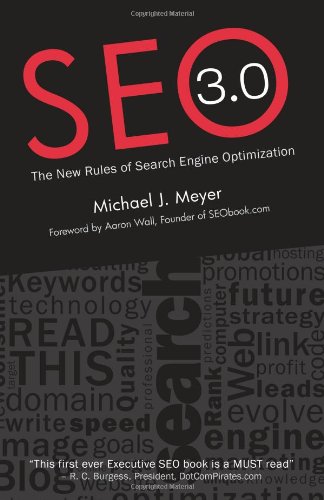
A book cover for SEO 3.0 - The New Rules of Search Engine Optimization; Michael J Meyer; Computers & Technology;